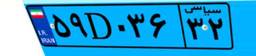
۵۹D۰۳۶۳۲